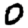
Digit: 0